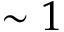
\sim 1